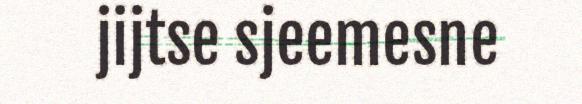
jijtse sjeemesne